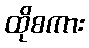
ထိုစကား